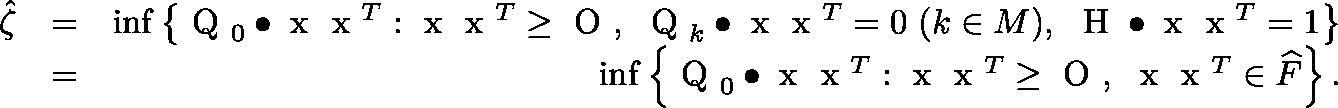
\begin{array} { r l r } { \hat { \zeta } } & { = } & { \operatorname* { i n f } \left\{ \mathrm { \boldmath ~ Q ~ } _ { 0 } \bullet \mathrm { \boldmath ~ x ~ } \mathrm { \boldmath ~ x ~ } ^ { T } : \mathrm { \boldmath ~ x ~ } \mathrm { \boldmath ~ x ~ } ^ { T } \geq \mathrm { \boldmath ~ O ~ } , \ \mathrm { \boldmath ~ Q ~ } _ { k } \bullet \mathrm { \boldmath ~ x ~ } \mathrm { \boldmath ~ x ~ } ^ { T } = 0 \ ( k \in M ) , \ \mathrm { \boldmath ~ H ~ } \bullet \mathrm { \boldmath ~ x ~ } \mathrm { \boldmath ~ x ~ } ^ { T } = 1 \right\} } \\ & { = } & { \operatorname* { i n f } \left\{ \mathrm { \boldmath ~ Q ~ } _ { 0 } \bullet \mathrm { \boldmath ~ x ~ } \mathrm { \boldmath ~ x ~ } ^ { T } : \mathrm { \boldmath ~ x ~ } \mathrm { \boldmath ~ x ~ } ^ { T } \geq \mathrm { \boldmath ~ O ~ } , \ \mathrm { \boldmath ~ x ~ } \mathrm { \boldmath ~ x ~ } ^ { T } \in \widehat { F } \right\} . } \end{array}